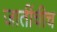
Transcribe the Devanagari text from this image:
जातींचीच